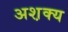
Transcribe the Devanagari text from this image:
अश़क्य